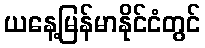
ယနေ့မြန်မာနိုင်ငံတွင်